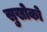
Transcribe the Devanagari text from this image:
सुखोको